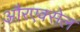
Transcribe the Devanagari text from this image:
औरएक्सेल